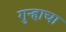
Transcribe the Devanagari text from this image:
गुन्हाचा